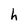
Character: h